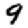
Digit: 9